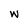
Character: w